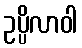
ဥပ္ပိလာဝါ